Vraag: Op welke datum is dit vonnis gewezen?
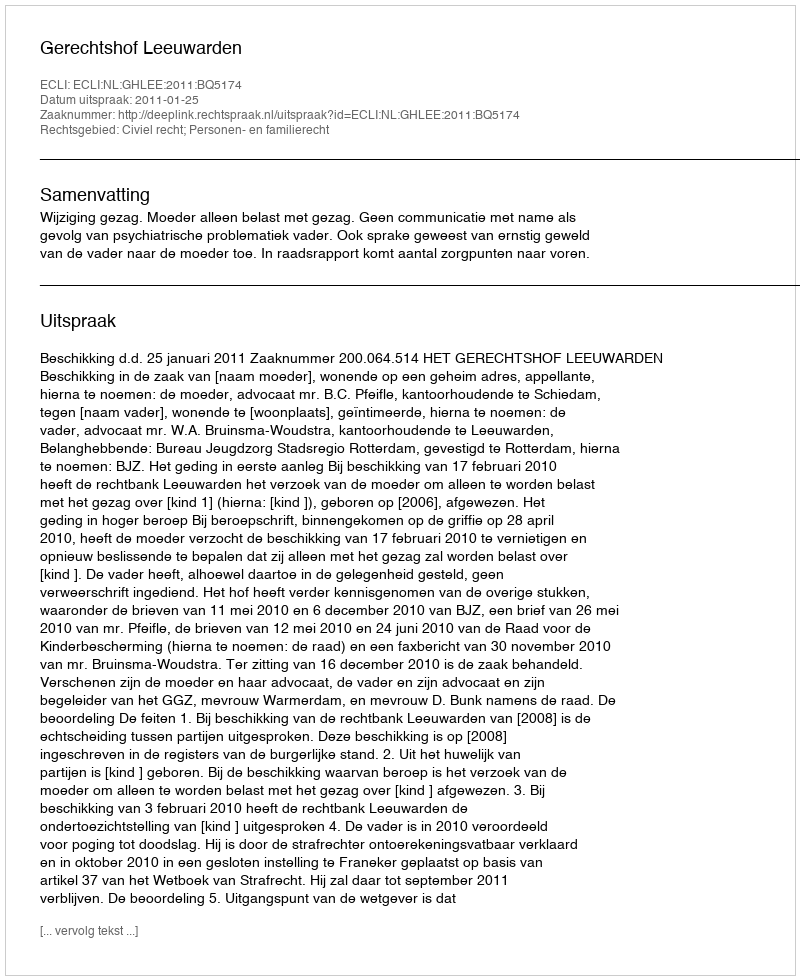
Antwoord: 2011-01-25